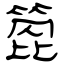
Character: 箆